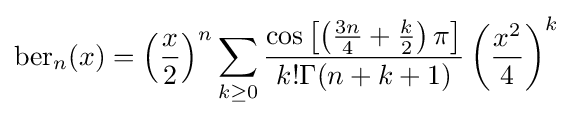
\mathrm {ber} _{n}(x)=\left({\frac {x}{2}}\right)^{n}\sum _{k\geq 0}{\frac {\cos \left[\left({\frac {3n}{4}}+{\frac {k}{2}}\right)\pi \right]}{k!\Gamma (n+k+1)}}\left({\frac {x^{2}}{4}}\right)^{k}